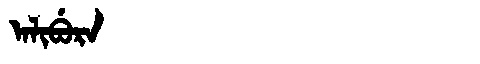
Manchu: ᠠᠯᡳᠪᡠᡵᠠ
Romanization: ALIBURA